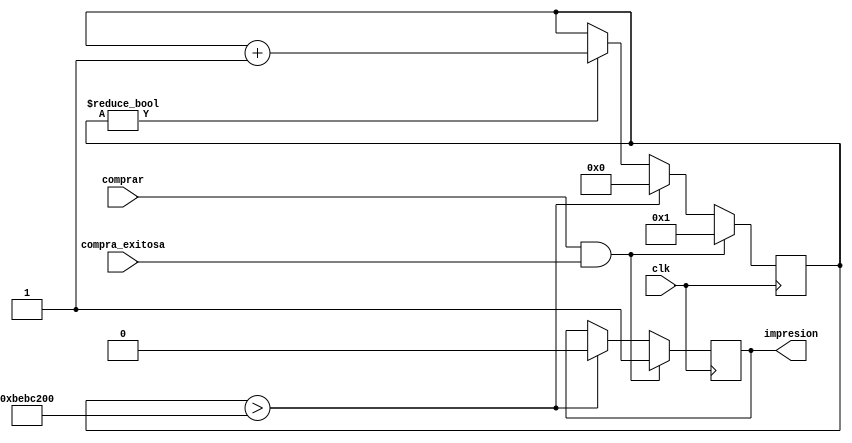
`timescale 1ns / 1ps
//////////////////////////////////////////////////////////////////////////////////
// Company: 
// Engineer: 
// 
// Design Name: 
// Module Name: aviso_boletas
// Project Name: 
// Target Devices: 
// Tool Versions: 
// Description: 
// 
// Dependencies: 
// 
// Revision:
// Revision 0.01 - File Created
// Additional Comments:
// 
//////////////////////////////////////////////////////////////////////////////////


module aviso_boletas(
    input clk,
    input comprar,
    input compra_exitosa,
    output reg impresion
    );
    
reg [27:0] count;

initial
begin
count = 0;
impresion = 0;
end

always @(posedge clk)
begin

 if (comprar & compra_exitosa)
     begin
     impresion = 1;
     count = 1;
     end
 else if (count > 200000000)
     begin
     impresion = 0;
     count = 0;
     end
 else if (count)
     begin
     count = count + 1;
     end
end

endmodule